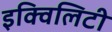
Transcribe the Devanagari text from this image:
इक्विलिटी